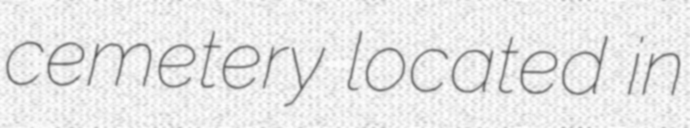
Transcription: cemetery located in